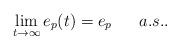
LaTeX: \begin{align*} \lim_{t \rightarrow \infty} e_p(t)=e_p \ \ \ \ \ a.s..\end{align*}